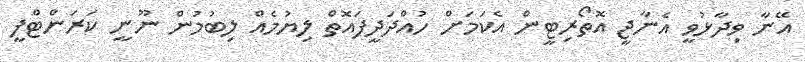
އޭނާ ވިދާޅުވީ އެނާޖީ އޮތޯރިޓީން އެކަމަށް ހުއްދަދީފައޮތް ލިޔުމެއް ލިބުމުން ނޫނީ ކަރަންޓްފީ